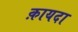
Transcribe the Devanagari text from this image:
क़ायदा